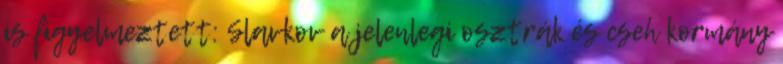
is figyelmeztett: Slavkov a jelenlegi osztrák és cseh kormány